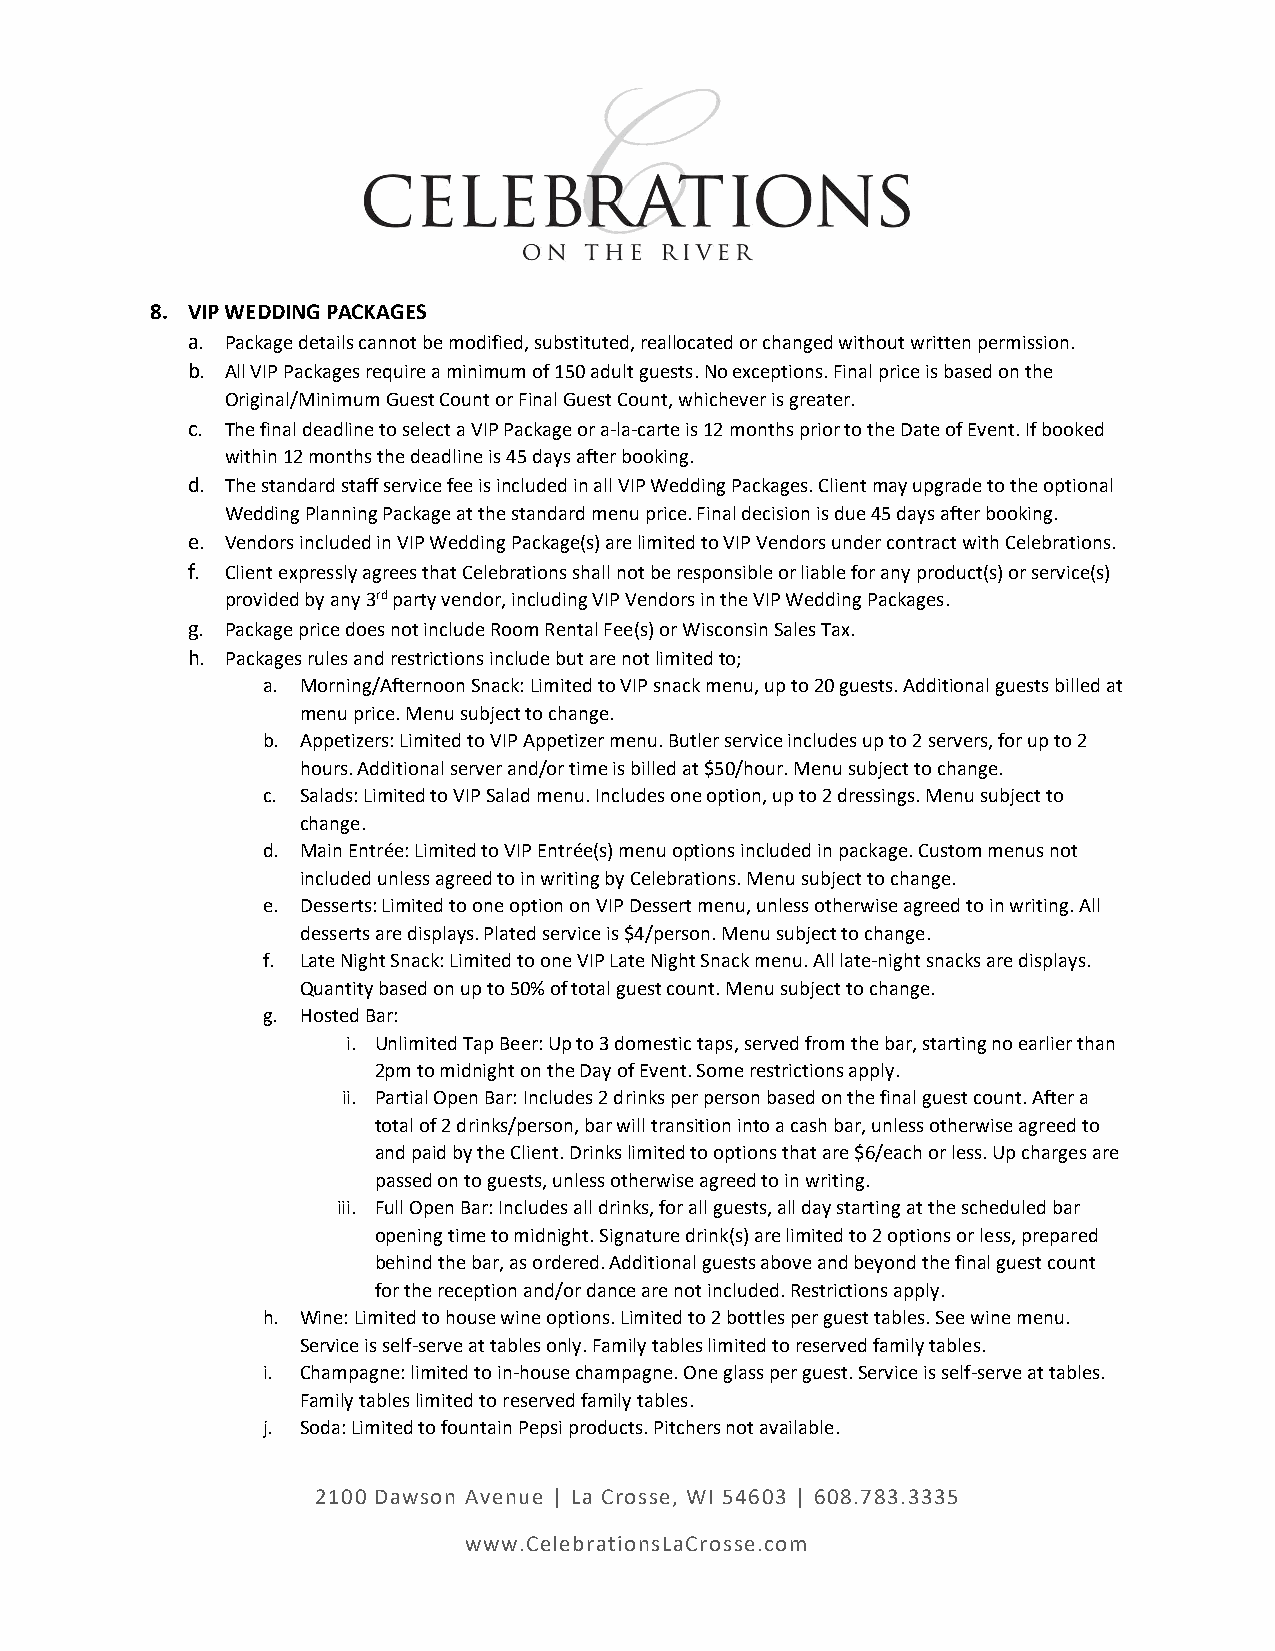
8. VIP WEDDING PACKAGES
 a. Package details cannot be modified, substituted, reallocated or changed without written permission.
 b. All VIP Packages require a minimum of 150 adult guests. No exceptions. Final price is based on the
 Original/Minimum Guest Count or Final Guest Count, whichever is greater.
 c. The final deadline to select a VIP Package or a-la-carte is 12 months prior to the Date of Event. If booked
 within 12 months the deadline is 45 days after booking.
 d. The standard staff service fee is included in all VIP Wedding Packages. Client may upgrade to the optional
 Wedding Planning Package at the standard menu price. Final decision is due 45 days after booking.
 e. Vendors included in VIP Wedding Package(s) are limited to VIP Vendors under contract with Celebrations.
 f. Client expressly agrees that Celebrations shall not be responsible or liable for any product(s) or service(s)
 provided by any 3rd party vendor, including VIP Vendors in the VIP Wedding Packages.
 g. Package price does not include Room Rental Fee(s) or Wisconsin Sales Tax.
 h. Packages rules and restrictions include but are not limited to;
 a. Morning/Afternoon Snack: Limited to VIP snack menu, up to 20 guests. Additional guests billed at
 menu price. Menu subject to change.
 b. Appetizers: Limited to VIP Appetizer menu. Butler service includes up to 2 servers, for up to 2
 hours. Additional server and/or time is billed at $50/hour. Menu subject to change.
 c. Salads: Limited to VIP Salad menu. Includes one option, up to 2 dressings. Menu subject to
 change.
 d. Main Entrée: Limited to VIP Entrée(s) menu options included in package. Custom menus not
 included unless agreed to in writing by Celebrations. Menu subject to change.
 e. Desserts: Limited to one option on VIP Dessert menu, unless otherwise agreed to in writing. All
 desserts are displays. Plated service is $4/person. Menu subject to change.
 f. Late Night Snack: Limited to one VIP Late Night Snack menu. All late-night snacks are displays.
 Quantity based on up to 50% of total guest count. Menu subject to change.
 g. Hosted Bar:
 i. Unlimited Tap Beer: Up to 3 domestic taps, served from the bar, starting no earlier than
 2pm to midnight on the Day of Event. Some restrictions apply.
 ii. Partial Open Bar: Includes 2 drinks per person based on the final guest count. After a
 total of 2 drinks/person, bar will transition into a cash bar, unless otherwise agreed to
 and paid by the Client. Drinks limited to options that are $6/each or less. Up charges are
 passed on to guests, unless otherwise agreed to in writing.
 iii. Full Open Bar: Includes all drinks, for all guests, all day starting at the scheduled bar
 opening time to midnight. Signature drink(s) are limited to 2 options or less, prepared
 behind the bar, as ordered. Additional guests above and beyond the final guest count
 for the reception and/or dance are not included. Restrictions apply.
 h. Wine: Limited to house wine options. Limited to 2 bottles per guest tables. See wine menu.
 Service is self-serve at tables only. Family tables limited to reserved family tables.
 i. Champagne: limited to in-house champagne. One glass per guest. Service is self-serve at tables.
 Family tables limited to reserved family tables.
 j. Soda: Limited to fountain Pepsi products. Pitchers not available.
 2100 Dawson Avenue | La Crosse, WI 54603 | 608.783.3335
 www.CelebrationsLaCrosse.com